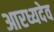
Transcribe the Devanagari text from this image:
आरध्यदेव